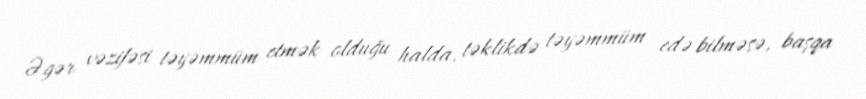
Əgər vəzifəsi təyəmmüm etmək olduğu halda, təklikdə təyəmmüm edə bilməsə, başqa